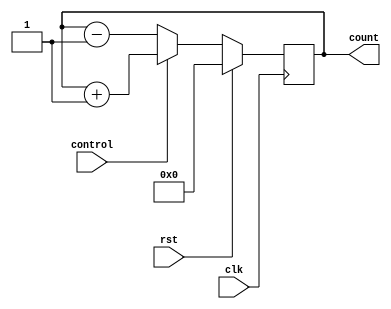
module UpDownCounter (
    input wire clk,
    input wire rst,
    input wire control,
    output reg [7:0] count
);

always @ (posedge clk) begin
    if (rst) begin
        count <= 8'h00;
    end else begin
        if (control) begin
            count <= count + 1;
        end else begin
            count <= count - 1;
        end
    end
end

endmodule